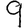
Digit: 9